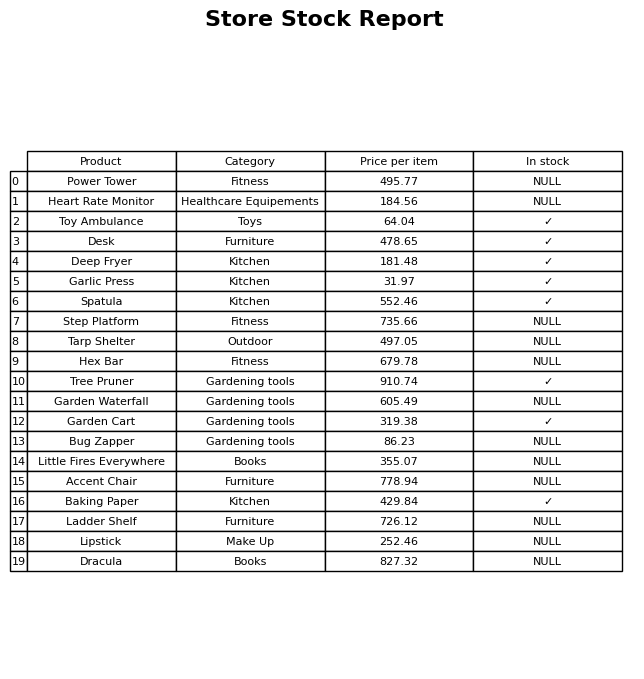
question: Is the Garden Cart in stock?
answer: ✓